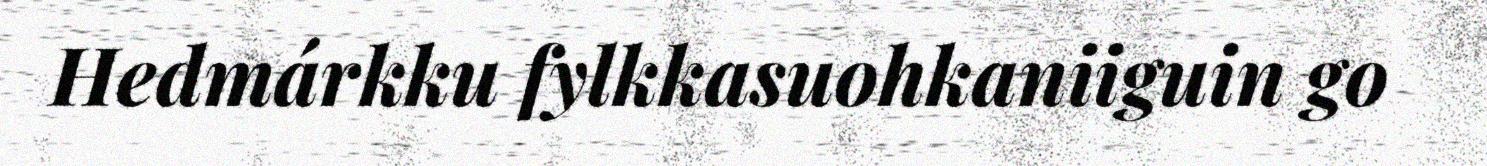
Hedmárkku fylkkasuohkaniiguin go